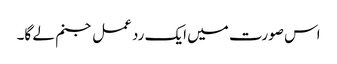
اس صورت میں ایک رد عمل جنم لے گا۔